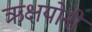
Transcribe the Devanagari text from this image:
ऋक्षयोनी